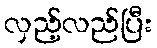
လှည့်လည်ပြီး